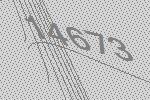
14673